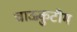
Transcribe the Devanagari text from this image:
चाऊकुटीम